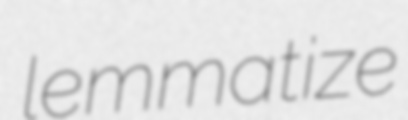
lemmatize